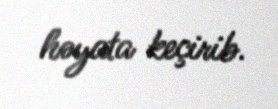
həyata keçirib.